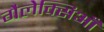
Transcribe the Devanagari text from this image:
गैलेक्सिआँ